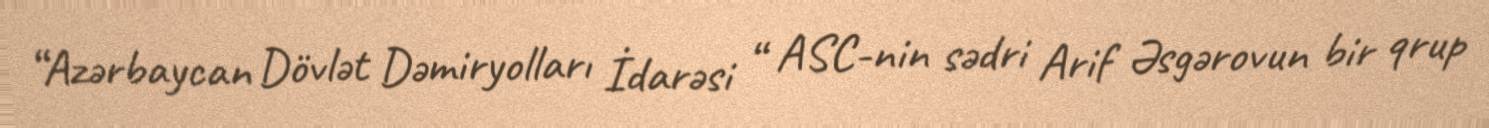
“Azərbaycan Dövlət Dəmiryolları İdarəsi “ ASC-nin sədri Arif Əsgərovun bir qrup